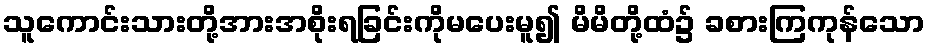
သူကောင်းသားတို့အားအစိုးရခြင်းကိုမပေးမူ၍ မိမိတို့ထံ၌ ခစားကြကုန်သော